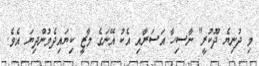
މި ދުނިޔެ ދޫކުރީ" ނާސިހާ އަސަރާއި އެކު އޭނަގެ މާޒީ ކިޔައިދެމުންދިޔަ އެވެ.